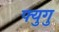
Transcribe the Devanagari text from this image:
फ्युगु